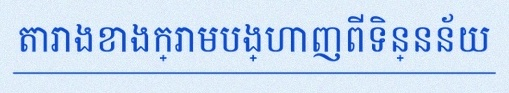
តារាងខាងក្រោមបង្ហាញពីទិន្នន័យ